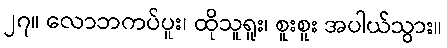
၂၇။ လောဘကပ်ပူး၊ ထိုသူရူး၊ စူးစူး အပါယ်သွား။